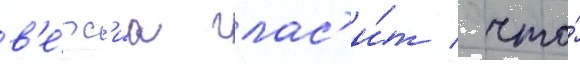
в'е́рс'иа глас'и́т / что́